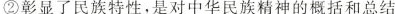
②彰显了民族特性，是对中华民族精神的概括和总结